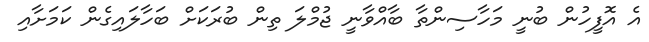
އެ އޮފީހުން ބުނީ މަހާސިންތާ ބާއްވާނީ ޖުމްލަ ތިން ބުރަކަށް ބަހާލައިގެން ކަމަށާއި